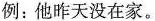
例：他昨天没在家。